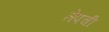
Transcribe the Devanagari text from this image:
तेपची